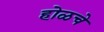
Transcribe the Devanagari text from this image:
होळचे